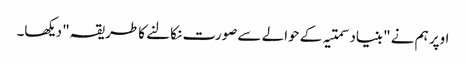
اوپر ہم نے "بنیاد سمتیہ کے حوالے سے صورت نکالنے کا طریقہ" دیکھا۔